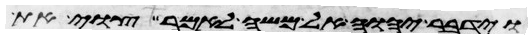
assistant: וידבר יהוה אל משה לאמר צוי את